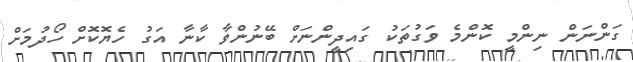
ގަންނަން ނިންމީ ކޮންމެ ވަގުތަކު ގައިދީންނަށް ބޭނުންވާ ކާނާ އަގު ހެޔޮކޮށް ހޯދުމަށް